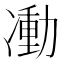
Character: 𠘃